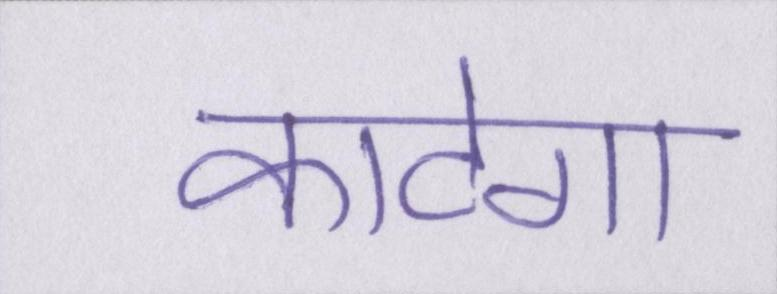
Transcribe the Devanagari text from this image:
काटेगा